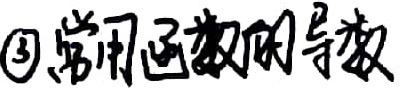
\textcircled{3}常用函数的导数